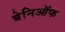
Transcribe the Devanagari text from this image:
बेनिऑफ